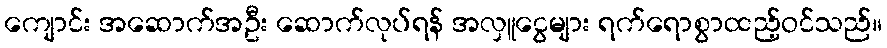
ကျောင်း အဆောက်အဦး ဆောက်လုပ်ရန် အလှူငွေများ ရက်ရောစွာထည့်ဝင်သည်။